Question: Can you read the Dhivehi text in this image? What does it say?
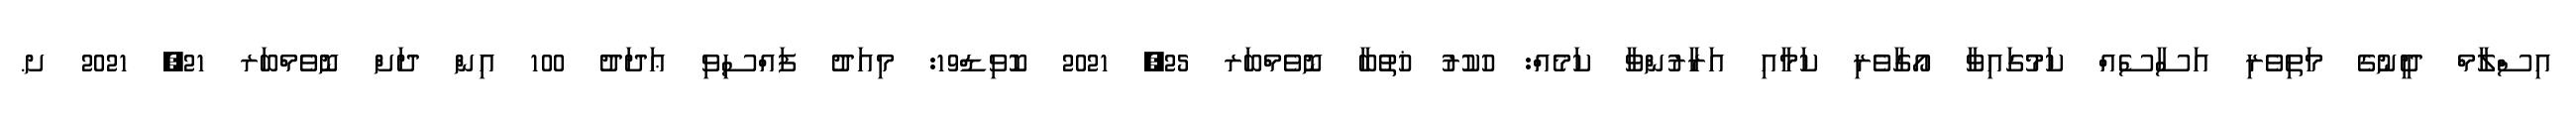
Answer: އިސްލާމް ދީނުގެ މަތިވެރި އަސާސެއް ކަމުގައިވާ އޯގާވެރި ކަމާއި އަރާރުންވާ ކަމެއް: ހުކުރު ޚުތުބާ ނޮވެމްބަރ 25, 2021 ކޮވިޑް19: މިއަދު ފައްސިވި ޢަދަދު 100 އިން ދަށް ނޮވެމްބަރ 21, 2021 ށ.